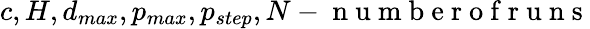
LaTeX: c,H,d_{max},p_{max},p_{step},N-\mathrm{~n~u~m~b~e~r~o~f~r~u~n~s~}